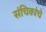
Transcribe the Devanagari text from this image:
संचिकांचे